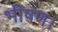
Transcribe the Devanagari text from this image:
भीषण।